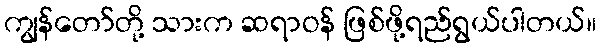
ကျွန်တော်တို့ သားက ဆရာဝန် ဖြစ်ဖို့ရည်ရွယ်ပါတယ်။